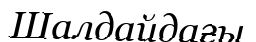
Шалдайдағы